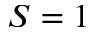
S = 1